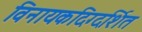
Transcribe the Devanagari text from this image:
विनायकदिग्दर्शित